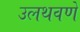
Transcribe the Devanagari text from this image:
उलथवणे